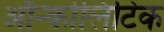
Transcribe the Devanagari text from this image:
ऑन्कोलिटिक